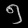
Digit: ၅